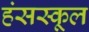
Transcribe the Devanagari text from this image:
हंसस्कूल